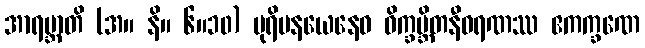
အာရဗ္ဘာတိ (အ။ နိ။ ၆။၁၀) ပုရိမနယေနေဝ ဝိက္ခမ္ဘိတနီဝရဏဿ ဧကက္ခဏေ